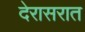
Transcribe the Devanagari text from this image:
देरासरात